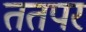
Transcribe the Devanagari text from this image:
ततपर